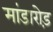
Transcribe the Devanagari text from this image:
मांडारोड़